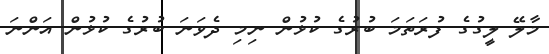
މާލޭ ލީގުގެ ފުރަތަމަ ބުރުގެ ކުޅުން ނިމި ދެވަނަ ބުރުގެ ކުޅުން އަންނަ